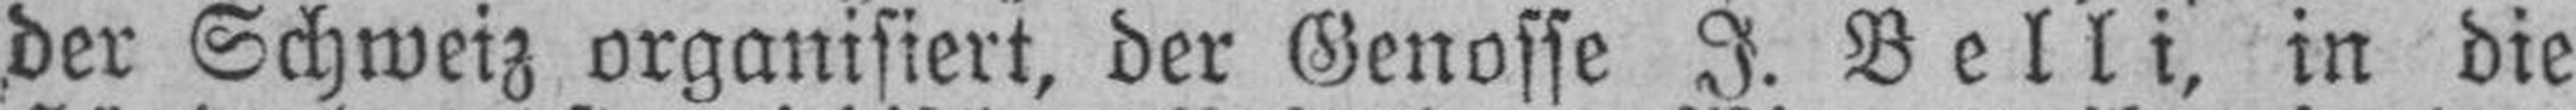
der Schweiz organisiert, der Genosse J. Belli, in die